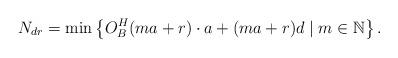
LaTeX: \begin{align*}N_{dr}=\min \left\{O_{B}^{H}(ma+r) \cdot a+(ma+r)d \mid m\in \mathbb{N}\right\}.\end{align*}